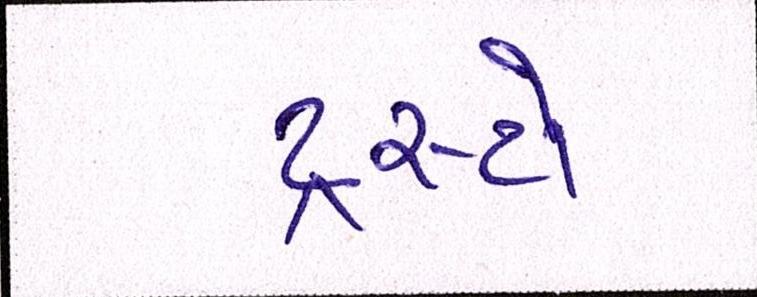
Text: ટ્રસ્ટો